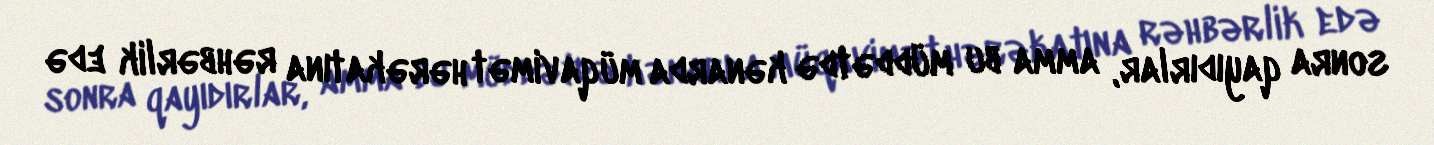
sonra qayıdırlar, amma bu müddətdə kənarda müqavimət hərəkatına rəhbərlik edə